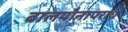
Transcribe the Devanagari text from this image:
बालयौनापराध